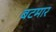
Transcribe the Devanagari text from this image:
बटमार